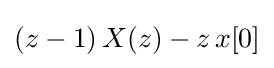
(z-1)\,X(z)-z\,x[0]